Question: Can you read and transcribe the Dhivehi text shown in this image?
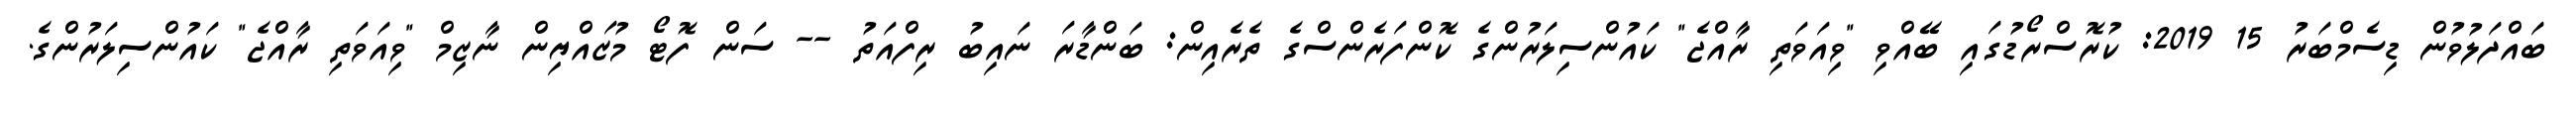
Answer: ބައްދަލުވުން ޑިސެމްބަރު 15 2019: ކުރޮސްރޯޑުގައި ބޭއްވި "ވިއަވަތި ރާއްޖެ" ކައުންސިލަރުންގެ ކޮންފަރެންސްގެ ތެރެއިން: ބަންޑާރަ ނައިބު ރިފްއަތު -- ސަން ފޮޓޯ މުޒައްޔިން ނާޒިމް "ވިއަވަތި ރާއްޖެ" ކައުންސިލަރުންގެ.